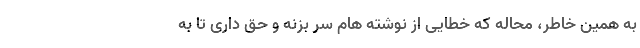
به همین خاطر، محاله که خطایی از نوشته هام سر بزنه و حق داری تا به